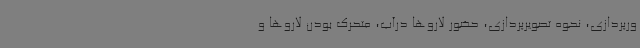
ورپردازی، نحوه تصویرپردازی، حضور لاروها درآب، متحرک بودن لاروها و